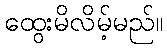
ထွေးမိလိမ့်မည်။